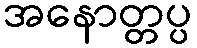
အနောတ္တပ္ပ